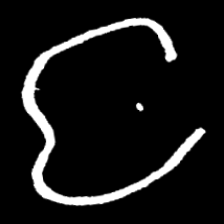
Pyu character \u2014 Myanmar letter: င (romanized: nga)